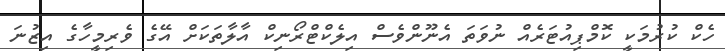
ހެކް ކުރުމަކީ ކޮމްޕިއުޓަރެއް ނުވަތަ އެނޫންވެސް އިލެކްޓްރޯނިކް އާލާތަކަށް އޭގެ ވެރިމީހާގެ އިޒުނަ